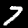
Digit: 7